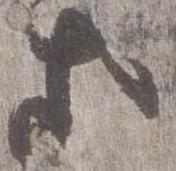
等